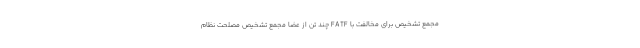
مجمع تشخیص برای مخالفت با FATF چند تن از عضا مجمع تشخیص مصلحت نظام